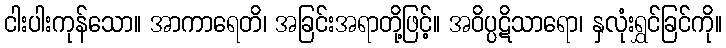
ငါးပါးကုန်သော။ အာကာရေတိ၊ အခြင်းအရာတို့ဖြင့်။ အဝိပ္ပဋိသာရော၊ နှလုံးရွှင်ခြင်ကို။